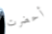
أحضرت